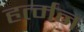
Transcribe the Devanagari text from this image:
हर्त्मन